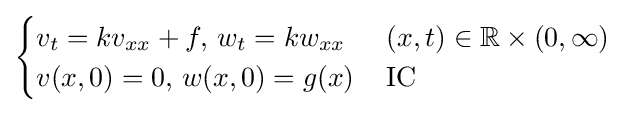
{\begin{cases}v_{t}=kv_{xx}+f,\,w_{t}=kw_{xx}\,&(x,t)\in \mathbb {R} \times (0,\infty )\\v(x,0)=0,\,w(x,0)=g(x)\,&{\text{IC}}\end{cases}}